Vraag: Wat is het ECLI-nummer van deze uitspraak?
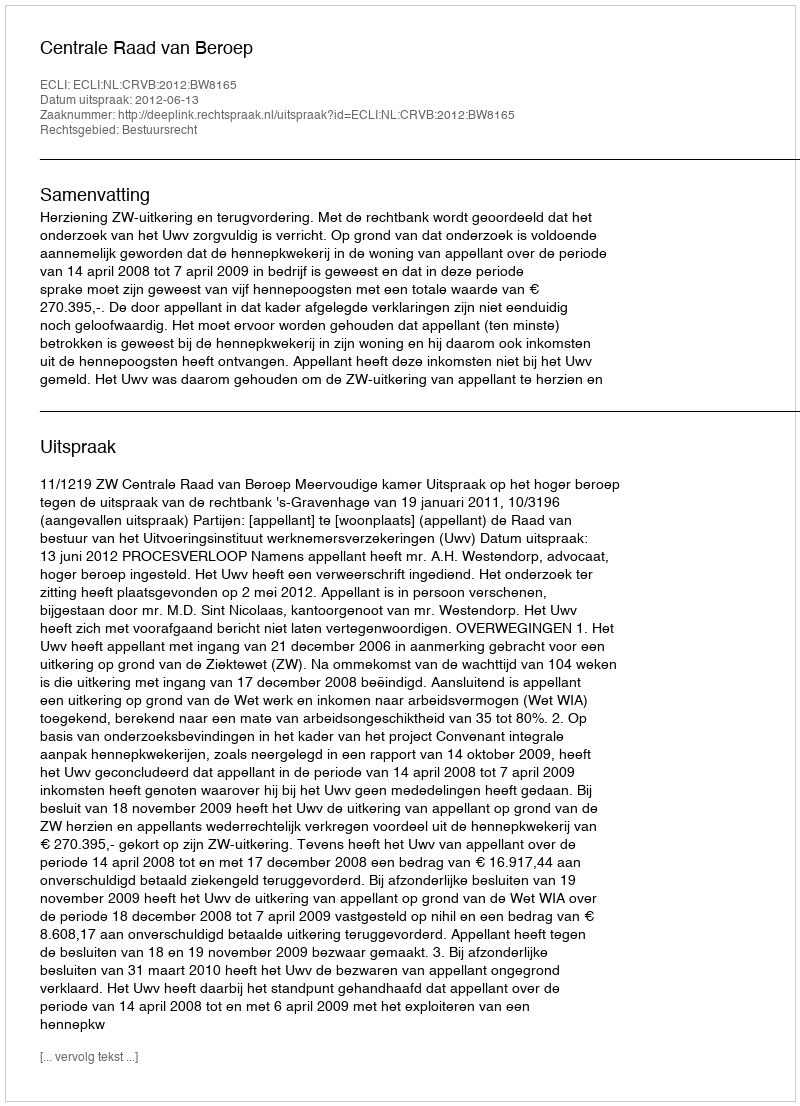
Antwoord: ECLI:NL:CRVB:2012:BW8165